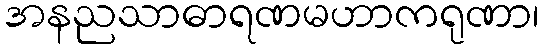
အနညသာဓာရဏမဟာကရုဏာ၊